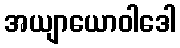
အယျာယောဝါဒေါ